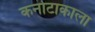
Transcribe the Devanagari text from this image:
कर्नाटाकाला